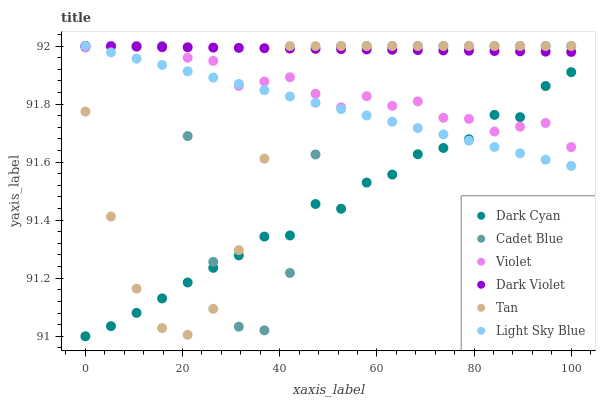
| xaxis_label | Dark Cyan | Cadet Blue | Violet | Dark Violet | Tan | Light Sky Blue |
 | --- | --- | --- | --- | --- | --- | --- |
 | 0 | 91 | 92 | 92 | 92 | 91.8 | 92 |
 | 5.26 | 91 | 92 | 92 | 92 | 91.4 | 92 |
 | 10.5 | 91.1 | 92 | 92 | 92 | 91.2 | 92 |
 | 15.8 | 91.1 | 92 | 92 | 92 | 91 | 91.9 |
 | 21.1 | 91.2 | 91.7 | 92 | 92 | 91 | 91.9 |
 | 26.3 | 91.2 | 91.3 | 91.9 | 92 | 91.1 | 91.9 |
 | 31.6 | 91.3 | 91 | 91.9 | 92 | 91.3 | 91.9 |
 | 36.8 | 91.3 | 91 | 91.9 | 92 | 91.6 | 91.8 |
 | 42.1 | 91.3 | 91.2 | 91.9 | 92 | 92 | 91.8 |
 | 47.4 | 91.5 | 91.6 | 91.8 | 92 | 92 | 91.8 |
 | 52.6 | 91.4 | 92 | 91.8 | 92 | 92 | 91.8 |
 | 57.9 | 91.5 | 92 | 91.8 | 92 | 92 | 91.8 |
 | 63.2 | 91.6 | 92 | 91.8 | 92 | 92 | 91.7 |
 | 68.4 | 91.6 | 92 | 91.8 | 92 | 92 | 91.7 |
 | 73.7 | 91.6 | 92 | 91.8 | 92 | 92 | 91.7 |
 | 78.9 | 91.7 | 92 | 91.7 | 92 | 92 | 91.7 |
 | 84.2 | 91.8 | 92 | 91.7 | 92 | 92 | 91.7 |
 | 89.5 | 91.8 | 92 | 91.7 | 92 | 92 | 91.6 |
 | 94.7 | 91.9 | 92 | 91.7 | 92 | 92 | 91.6 |
 | 100 | 91.9 | 92 | 91.7 | 92 | 92 | 91.6 |